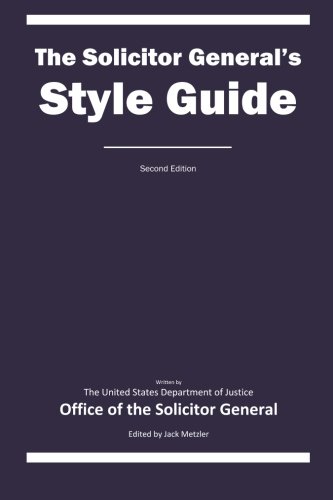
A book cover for The Solicitor General's Style Guide: Second Edition; United States Department of Justice Office of the Solicitor General; Law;